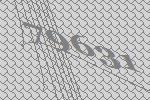
79631